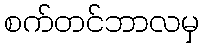
စက်တင်ဘာလမှ